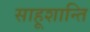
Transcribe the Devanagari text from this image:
साहूशान्ति